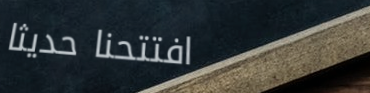
افتتحنا حديثاً